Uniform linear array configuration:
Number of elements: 64
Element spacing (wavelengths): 1
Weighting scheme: blackman
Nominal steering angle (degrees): -30
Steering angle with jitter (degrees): -28.444
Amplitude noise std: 0.05
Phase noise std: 0.05

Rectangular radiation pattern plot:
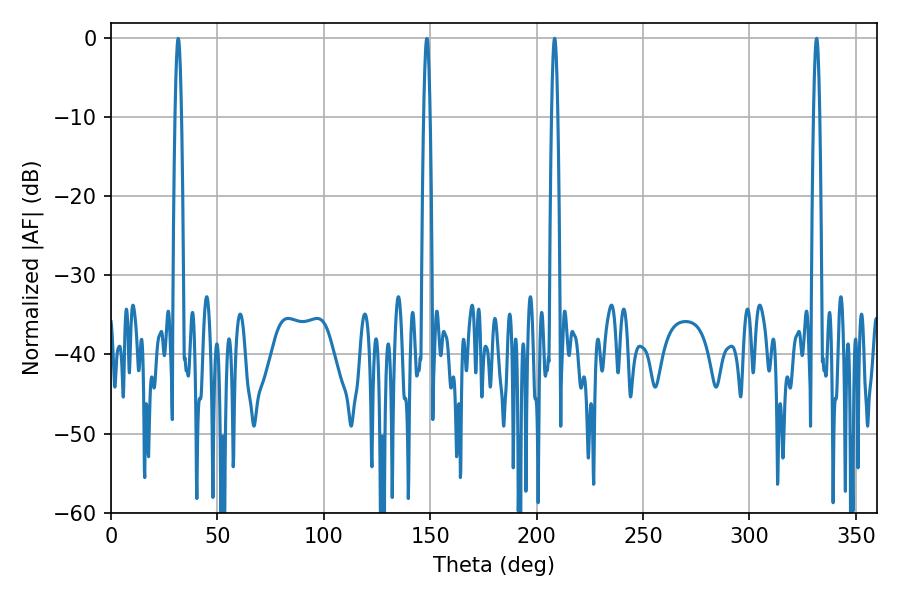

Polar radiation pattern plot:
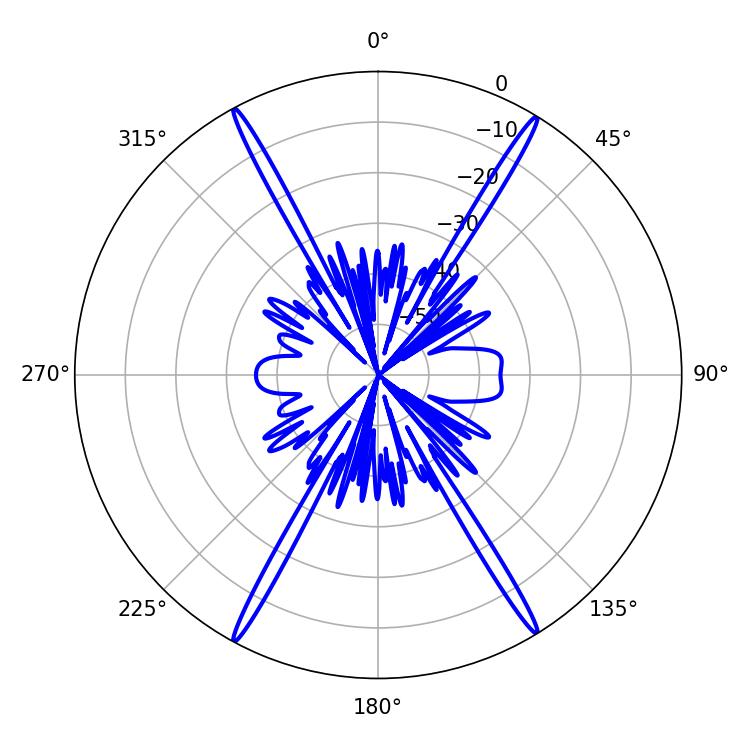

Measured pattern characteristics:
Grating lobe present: TRUE
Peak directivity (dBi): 27.001
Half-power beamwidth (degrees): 1.44
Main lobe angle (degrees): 208.44